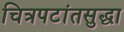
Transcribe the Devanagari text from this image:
चित्रपटांतसुद्धा